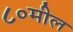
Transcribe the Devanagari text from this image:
८०मील